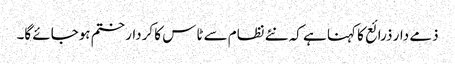
ذمے دار ذرائع کا کہنا ہے کہ نئے نظام سے ٹاس کا کردار ختم ہوجائے گا۔